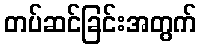
တပ်ဆင်ခြင်းအတွက်